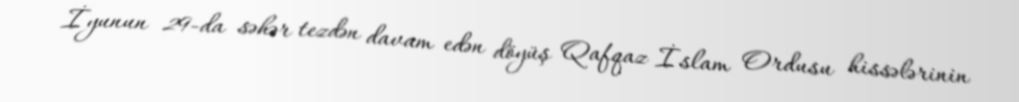
İyunun 29-da səhər tezdən davam edən döyüş Qafqaz İslam Ordusu hissələrinin